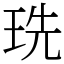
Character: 珗